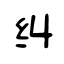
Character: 纠